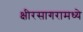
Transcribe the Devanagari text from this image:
क्षीरसागरामध्ये